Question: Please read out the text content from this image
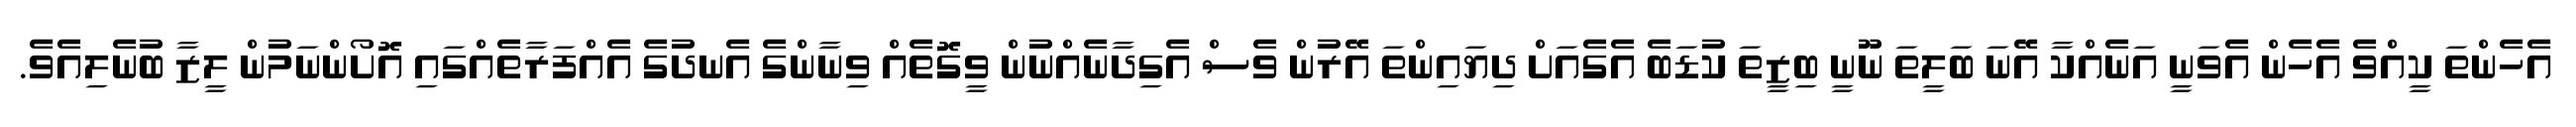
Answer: އެހެންތަ ކީއްވެ އެހެން އެވަނީ އަނެއްކާ އޭނަ ބަލީތަ ނޫނީ ބިޒީތަ ކުޑަބެ އެގެއަށް ދިޔައިންތަ އޭރުން ވެސް އެގިދާނެއްނުން ވީގޮތެއް ވިނާންގެ އެނދުގެ އެއްފަރާތެއްގައި އޮށޯންނަމުން ލީޒާ ބުނެލިއެވެ.